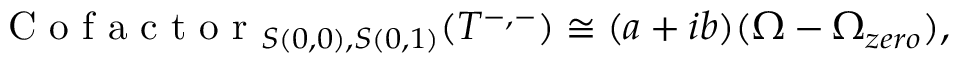
\mathrm { ~ C ~ o ~ f ~ a ~ c ~ t ~ o ~ r ~ } _ { S ( 0 , 0 ) , S ( 0 , 1 ) } ( T ^ { - , - } ) \cong ( a + i b ) ( \Omega - \Omega _ { z e r o } ) ,